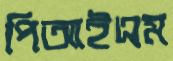
পিআইএম